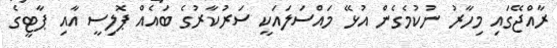
ރާއްޖޭގައި މިހާރު ނުކުމެގެން އުޅޭ މައްސަލައަކީ ސަރުކާރުގެ ބައެއް ޕޮލިސީ އާއި ޕާޓީގެ